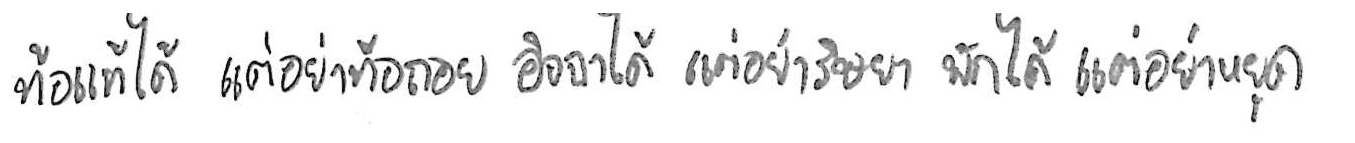
ท้อแท้ได้ แต่อย่าท้อถอย อิจฉาได้ แต่อย่าริษยา พักได้ แต่อย่าหยุด